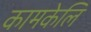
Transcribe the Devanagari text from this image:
कामकेलि